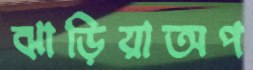
ঝাড়িয়াঅপ